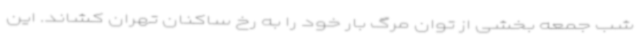
شب جمعه بخشی از توان مرگ‌ بار خود را به رخ ساکنان تهران کشاند. این